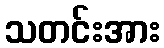
သတင်းအား